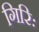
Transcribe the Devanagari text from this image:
गिरिः